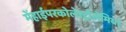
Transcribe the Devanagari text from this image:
मेंहाईपरकोलेस्ट्रोलेमिया